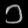
Digit: ၁